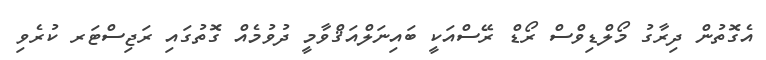
އެގޮތުން ދިރާގު މޯލްޑިވްސް ރޯޑް ރޭސްއަކީ ބައިނަލްއަޤްވާމީ ދުވުމެއް ގޮތުގައި ރަޖިސްޓަރ ކުރެވި